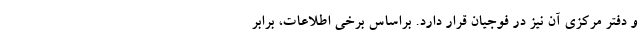
و دفتر مرکزی آن نیز در فوجیان قرار دارد. براساس برخی اطلاعات، برابر